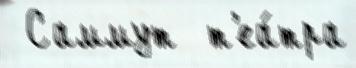
 Саммут  т'еа́тра